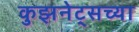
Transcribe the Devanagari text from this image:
कुझनेट्सच्या